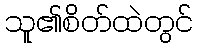
သူ၏စိတ်ထဲတွင်